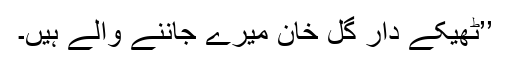
’’ٹھیکے دار گل خان میرے جاننے والے ہیں۔